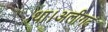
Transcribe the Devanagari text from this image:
था।अलीगढ